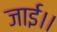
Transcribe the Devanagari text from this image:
जाई।।